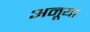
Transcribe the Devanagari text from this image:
अनूया